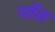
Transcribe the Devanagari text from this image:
पर्चेस